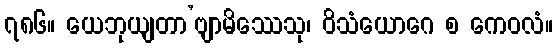
၇၈၆။ ယေဘုယျတာ’ဗျာမိဿေသု၊ ဝိသံယောဂေ စ ကေဝလံ။